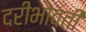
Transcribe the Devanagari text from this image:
दरीभोवती